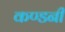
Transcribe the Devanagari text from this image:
कण्डनी